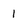
Character: 1